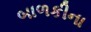
બાળકીના